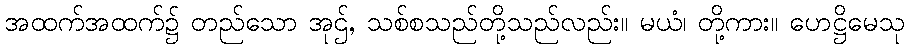
အထက်အထက်၌ တည်သော အုဌ်, သစ်စသည်တို့သည်လည်း။ မယံ၊ တို့ကား။ ဟေဋ္ဌိမေသု